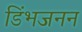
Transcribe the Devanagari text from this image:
डिंभजनन